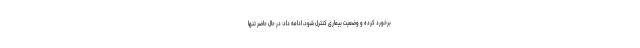
برخورد کرده و وضعیت بیماری کنترل شود، ادامه داد: در حال حاضر تنها